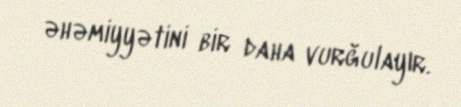
əhəmiyyətini bir daha vurğulayır.